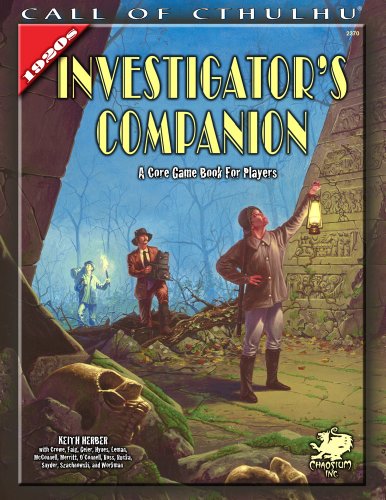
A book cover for The Investigator's Companion: A Core Game Book for Players (Call of Cthulhu roleplaying); Keith Herber; Science Fiction & Fantasy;